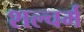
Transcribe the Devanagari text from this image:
शल्चर्म